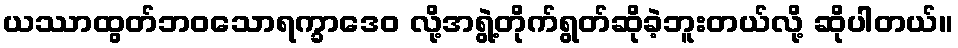
ယဿာထွတ်ဘဝသောရက္ခာဒေဝ လို့အရွဲ့တိုက်ရွတ်ဆိုခဲ့ဘူးတယ်လို့ ဆိုပါတယ်။